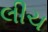
લીચ